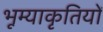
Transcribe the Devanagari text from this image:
भूम्याकृतियों